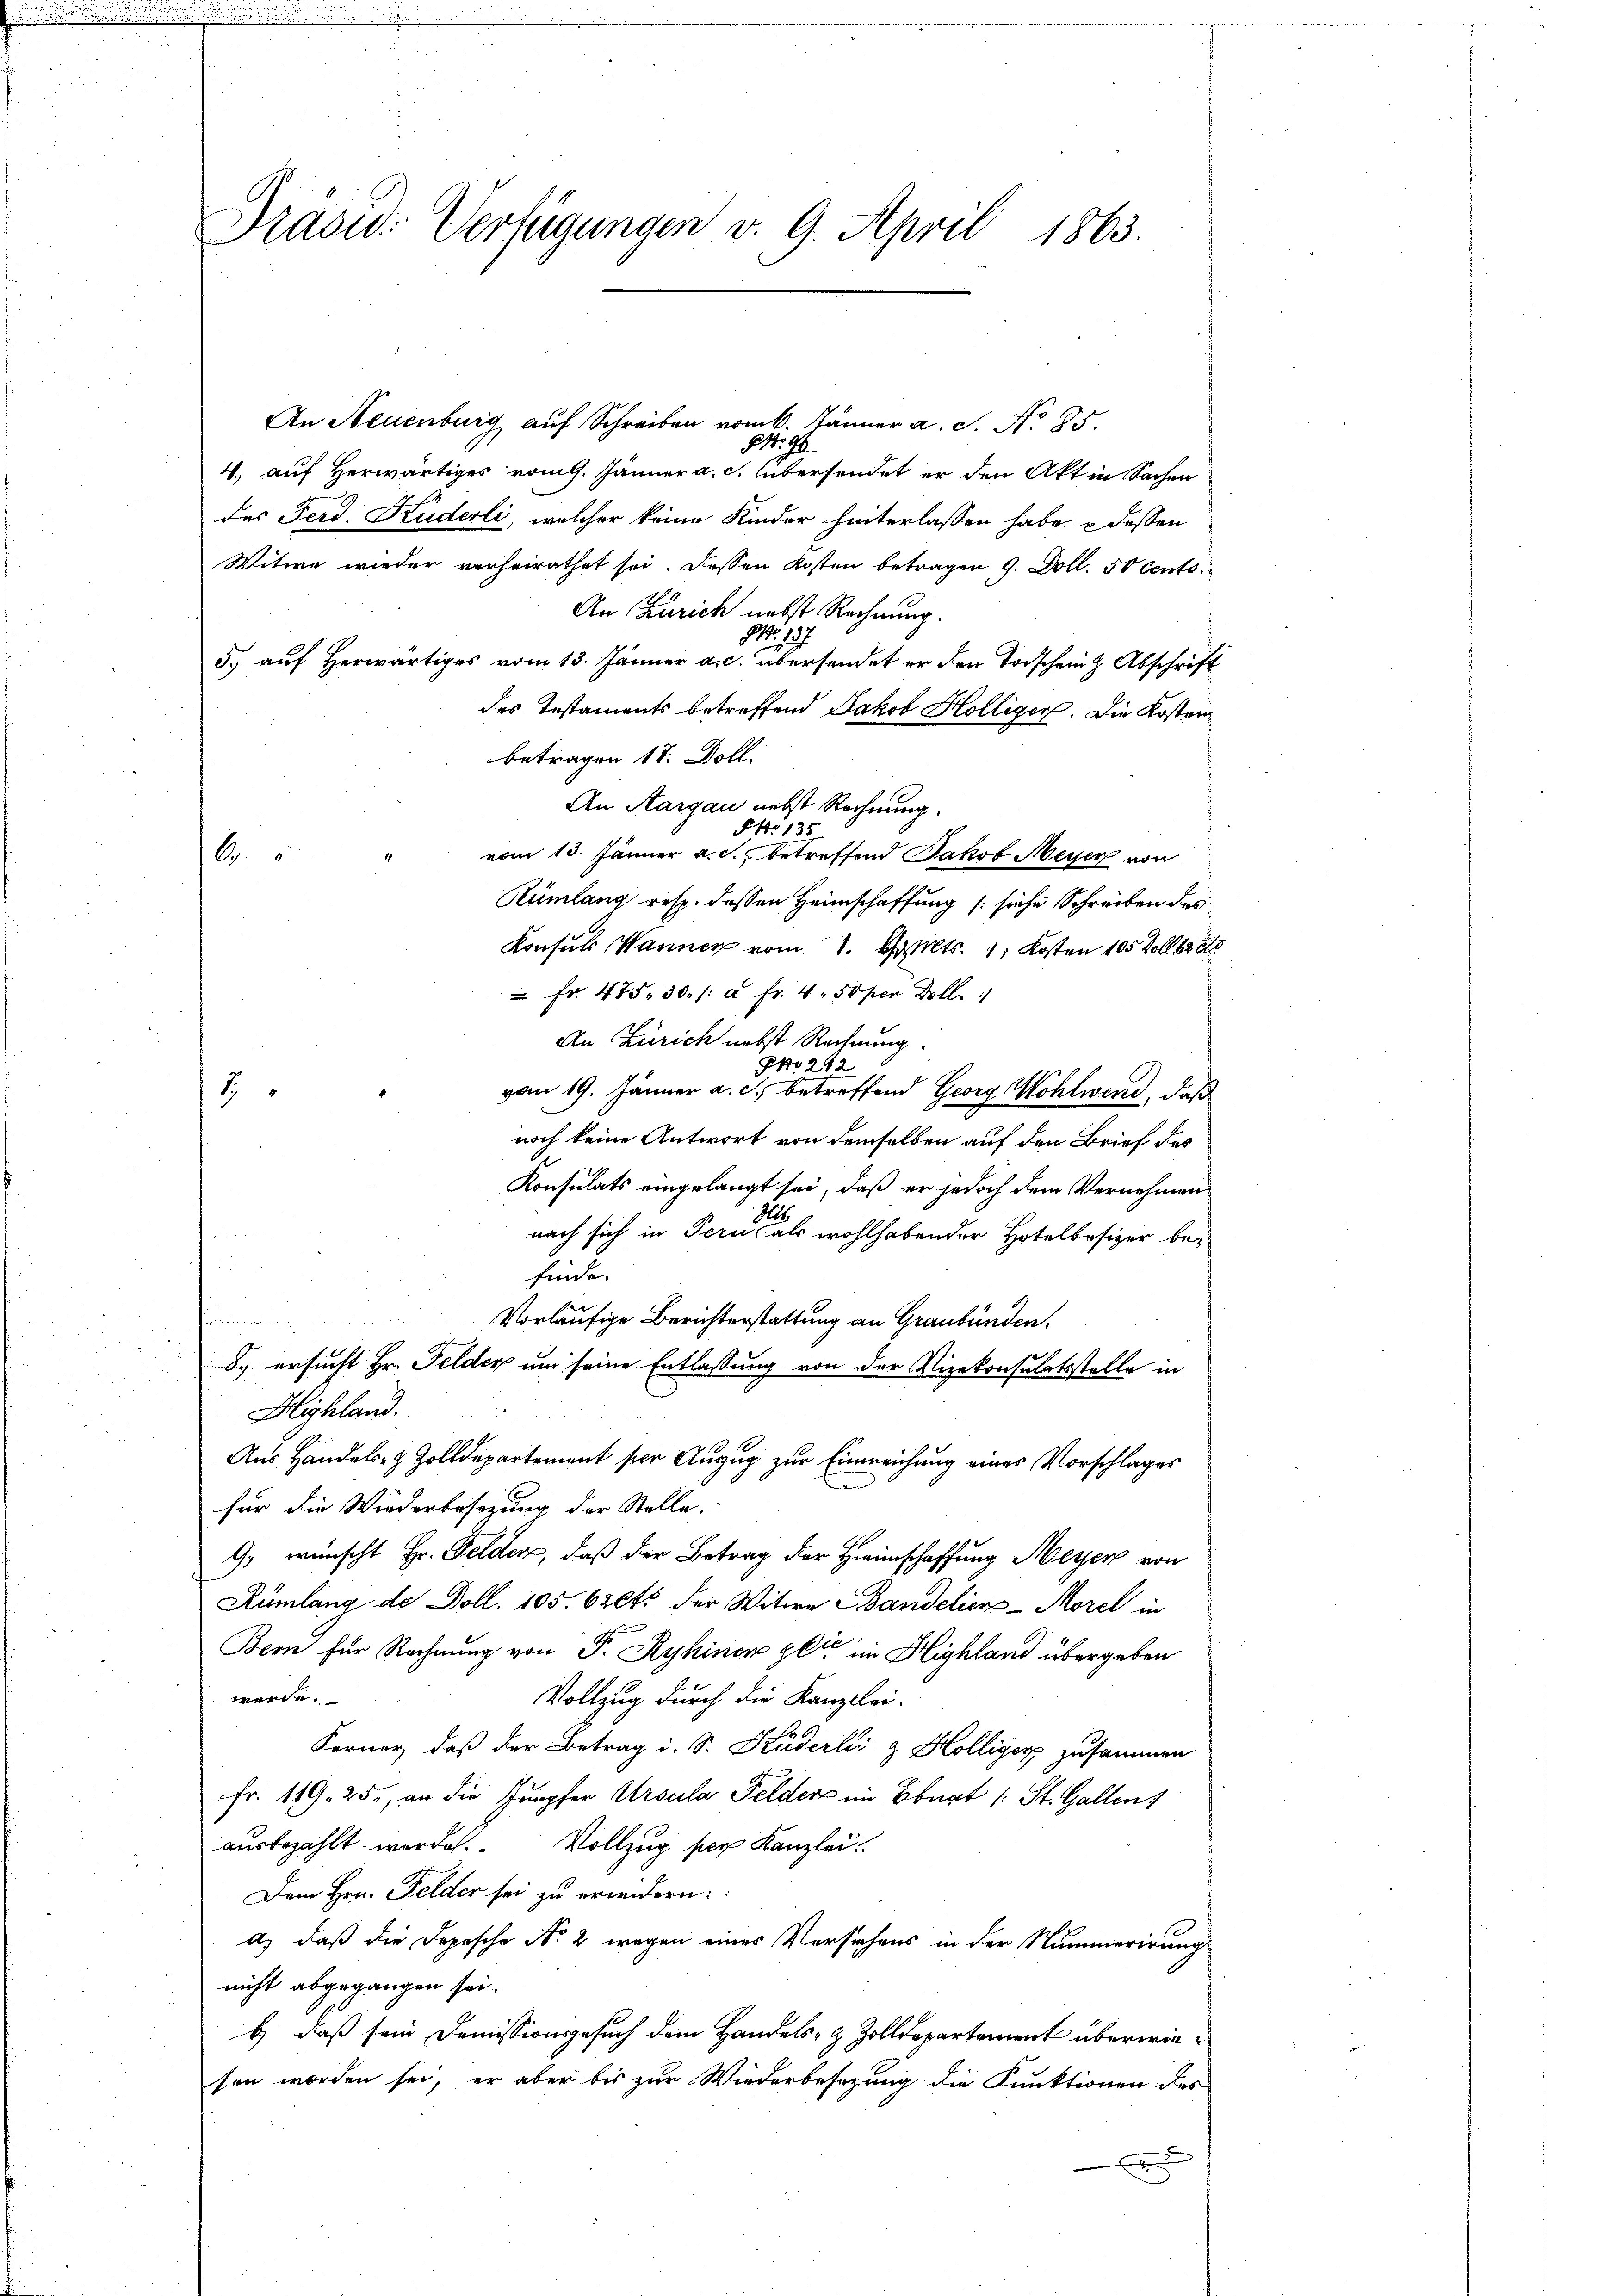
.

Präsid. Verfügungen v. 9. April 1863.

An Neuenburg auf Schreiben vom 6. Jänner a. S. No 85.
84. 94
4. auf Herwärtiges vom l. Jänner a. c. übersendet er den Akt in Sachen
des Ferd. Kuderli, welcher keine Kinder hinterlassen habe & dessen
Witwe wieder verheirathet sei. Dessen Kosten betragen 9. Doll. 50 Cents
An Zürich nebst Rechnung.
91. 197.
5. auf herwärtiges vom 13. Jänner a. c. übersendet er den Todschein Abschrift
des Testaments betreffend Jakob Hölliger. Die Kosten
betragen 17. Doll.
An Aargau nebst Rechnung.
§4o 135
vom 13. Jänner a. c. betreffend Jakob Meyer von
6
Rümlang resp. dessen Heimschaffung / siche Schreiben des
Konsuls Wannen vom 1. bestalts. 1. Kosten 105 Zollbret
 Fr. 475. 30. /: à Fr. 4. 50 per Doll.
An Zürich nebst Rechnung
PNo 242

vom 19. Jänner a. c., betreffend Georg Wohlwend, daß
noch keine Antwort von demselben auf den Brief des
Konsulats eingelangt sei, daß er jedoch dem Vernehmen
1
nach sich in Pern, als wohlhabender Hotelbesizer befinde.
Vorläufige Berichterstattung an Graubünden.
f
8. ersucht Hr. Felder um seine Entlassung von der Vizekonsulatsstelle in
Highland.
Aus Handels- & Zolldepartement per Auszug zur Einweichung eines Vorschlages
.
für die Wiederbesezung der Stelle.
G. wünscht Hr. Felder, daß der Betrag der Heimschaffung Meyer von
Rümlang de Doll. 105. Czets der Witwe Bandelicn-Morel in
Bern für Rechnung von P. Ryhiner gli in Highland übergeben
werde.
Vollzug durch die Kanzlei-
Ferner, daß der Betrag i. S. Küderli & Holliger zusammen
Fr. 119. 252, an die Jupfer Ursula Felder im Obert (: St. Gallen
ausbezahlt werde. Vollzug per Kanzlei
Dem Hrn. Felder sei zu erwidern:
a) daß die Depesche No 2 wegen eines Versuchens in der Nummerirung
nicht abgegangen sei.
b) daß sein Demissionsgesuch dem Handels- & Zolldepartement überwiesen worden sei, er aber bis zur Wiederbesezung die Funktionen des